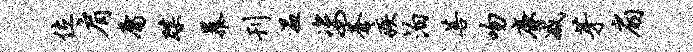
位肩庸蹀暴刊温姿苍疾泊菩吻廉减芽扇